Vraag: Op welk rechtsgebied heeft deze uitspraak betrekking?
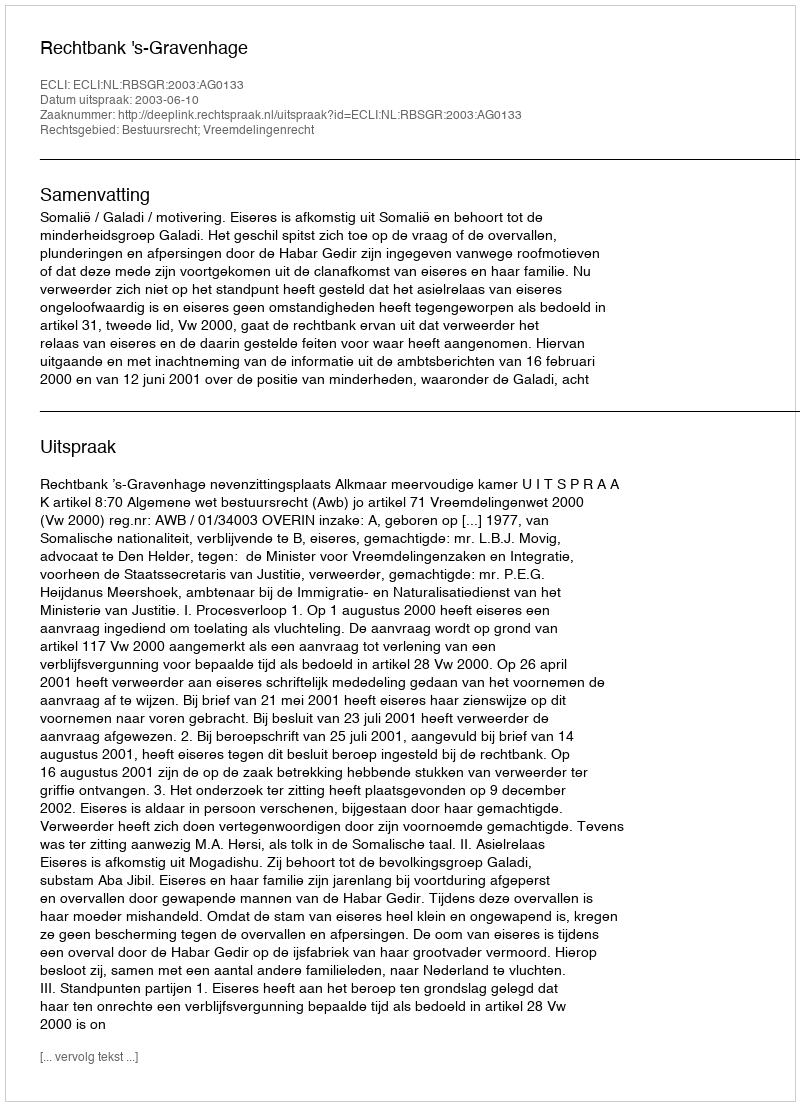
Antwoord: Bestuursrecht; Vreemdelingenrecht